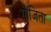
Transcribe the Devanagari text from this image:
गांजिता